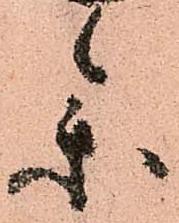
参